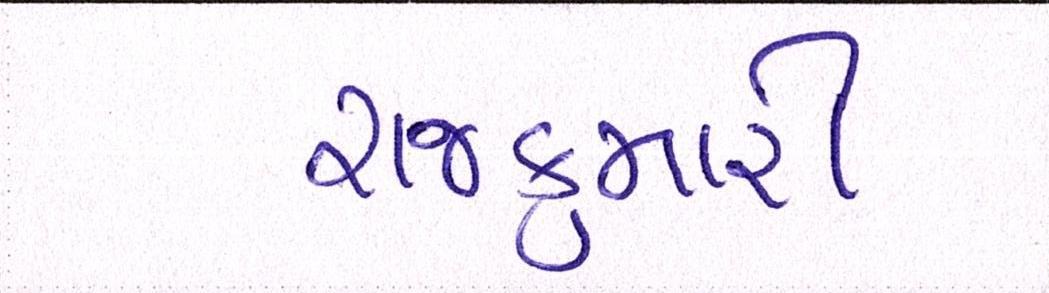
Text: રાજકુમારી